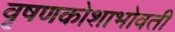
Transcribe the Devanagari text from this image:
वृषणकोशाभोवती